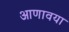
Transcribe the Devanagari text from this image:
आणावया